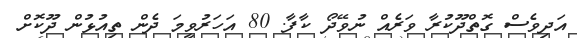
އަދިވެސް ގޮތްދޫކުރާ ވަރެއް ނުވޭދޯ ކާފާ. 80 އަހަރުވީމަ ދެން ތިއުޅުން ދޫކޮށް